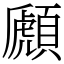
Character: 䫢